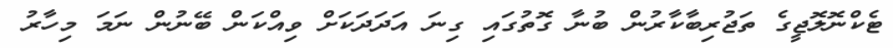
ޓެކްނޮލޮޖީގެ ތަޖުރިބާކާރުން ބުނާ ގޮތުގައި ގިނަ އަދަދަކަށް ވިއްކަން ބޭނުން ނަމަ މިހާރު